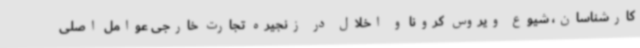
کارشناسان، شیوع ویروس کرونا و اخلال در زنجیره تجارت خارجی عوامل اصلی